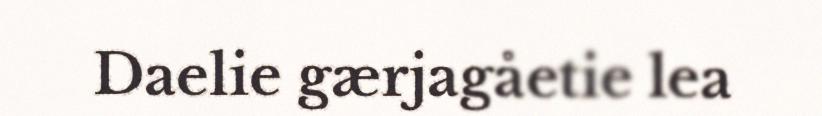
Daelie gærjagåetie lea